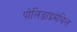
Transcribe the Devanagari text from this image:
पोलिडाइमेथिल